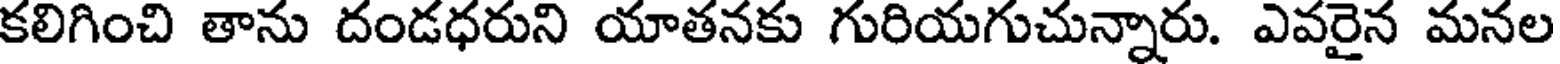
కలిగించి తాను దండధరుని యాతనకు గురియగుచున్నారు. ఎవరైన మనల